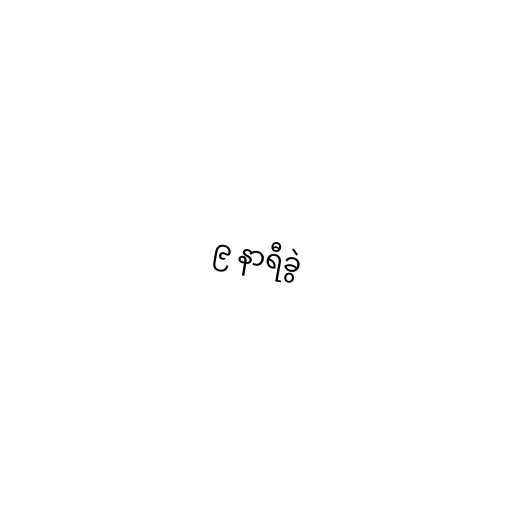
၉ နာရီခွဲ